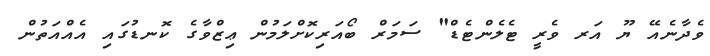
ވެދާނެއޭ ޔޫ އަރ ވެރީ ޓެލެންޓެޑް" ސަމަރް ބޯއަރިކޮށްލަމުން ޢިޒްވާގެ ކޮނޑުގައި އެއްއަތުން